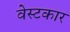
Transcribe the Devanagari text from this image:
वेस्टकार